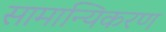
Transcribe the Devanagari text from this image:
सामान्यिकरण